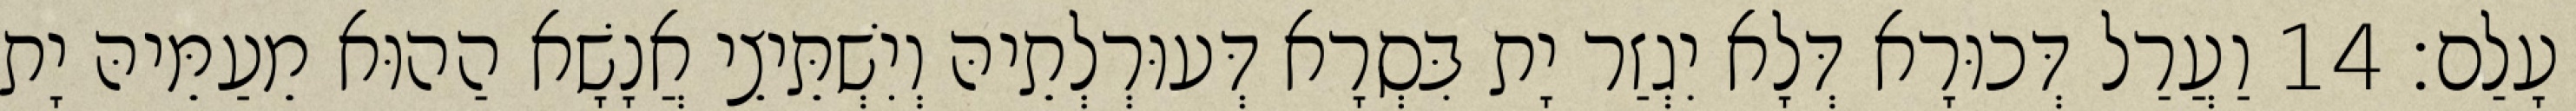
עָלַם׃ 14 וַעֲרַל דְּכוּרָא דְּלָא יִגְזַר יָת בִּסְרָא דְּעוּרְלְתֵיהּ וְיִשְׁתֵּיצֵי אֲנָשָׁא הַהוּא מֵעַמֵּיהּ יָת